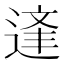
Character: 𨔉